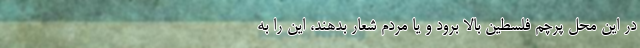
در این محل پرچم فلسطین بالا برود و یا مردم شعار بدهند، این را به